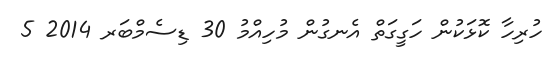
ހުރިހާ ކޮޅަކުން ހަގީގަތް އެނގުން މުހިއްމު 30 ޑިސެމްބަރ 2014 5